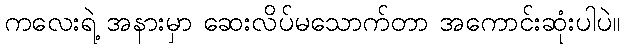
ကလေးရဲ့ အနားမှာ ဆေးလိပ်မသောက်တာ အကောင်းဆုံးပါပဲ။